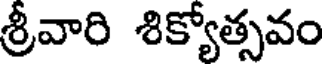
శ్రీవారి శిక్యోత్సవం